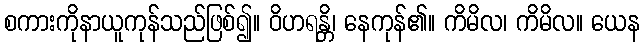
စကားကိုနာယူကုန်သည်ဖြစ်၍။ ဝိဟရန္တိ၊ နေကုန်၏။ ကိမိလ၊ ကိမိလ။ ယေန